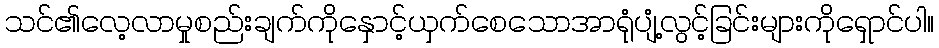
သင်၏လေ့လာမှုစည်းချက်ကိုနှောင့်ယှက်စေသောအာရုံပျံ့လွင့်ခြင်းများကိုရှောင်ပါ။